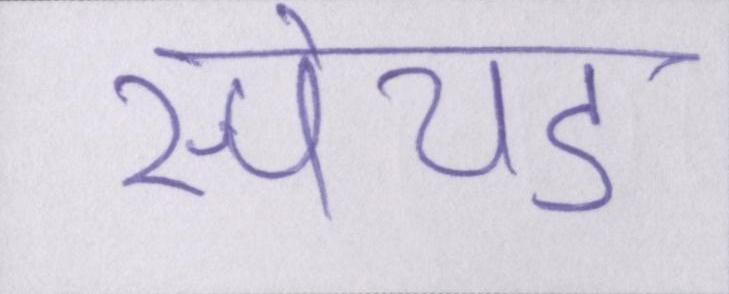
स्पेयर्ड